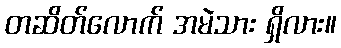
တဆိတ်လောက် အမဲသား ရှိလား။